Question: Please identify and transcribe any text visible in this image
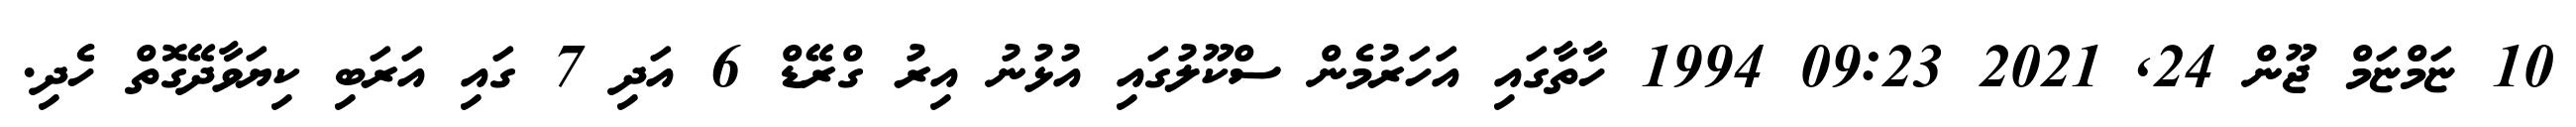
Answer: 10 ޏަމްޏަމް ޖޫން 24, 2021 09:23 1994 ހާތާގައި އަހަރުމެން ސްކޫލުގައި އުޅުނު އިރު ގްރޭޑް 6 އަދި 7 ގައި އަރަބި ކިޔަވާދޭގޮތް ހެދި.